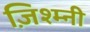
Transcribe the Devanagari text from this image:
ज़िश्म्नी